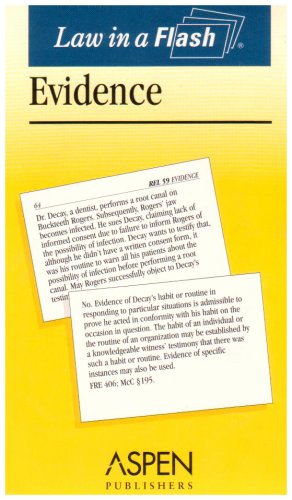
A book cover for Law in a Flash Evidence; Steven Emanuel; Law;